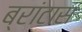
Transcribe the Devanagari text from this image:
ब्रांटास